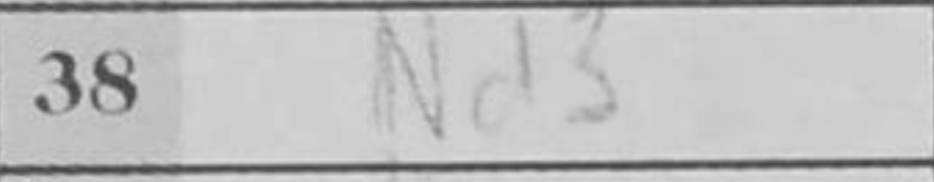
Transcription: Nd3